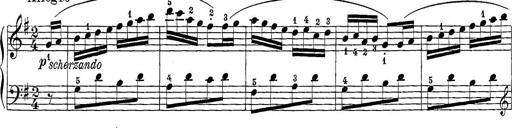
Title: 12 Sonatine per Pianoforte
Composer: Friedrich Kuhlau